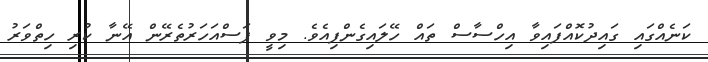
ކަނެއްގައި ގައިދުކޮއްފައިވާ އިހްސާސް ތައް ހޭލައިގެންފިއެވެ. މިވީ ފަސްއަހަރުތެރޭން އޭނާ ކުރި ހިތްވަރު